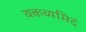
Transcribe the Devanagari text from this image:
वक्तव्यमिदं